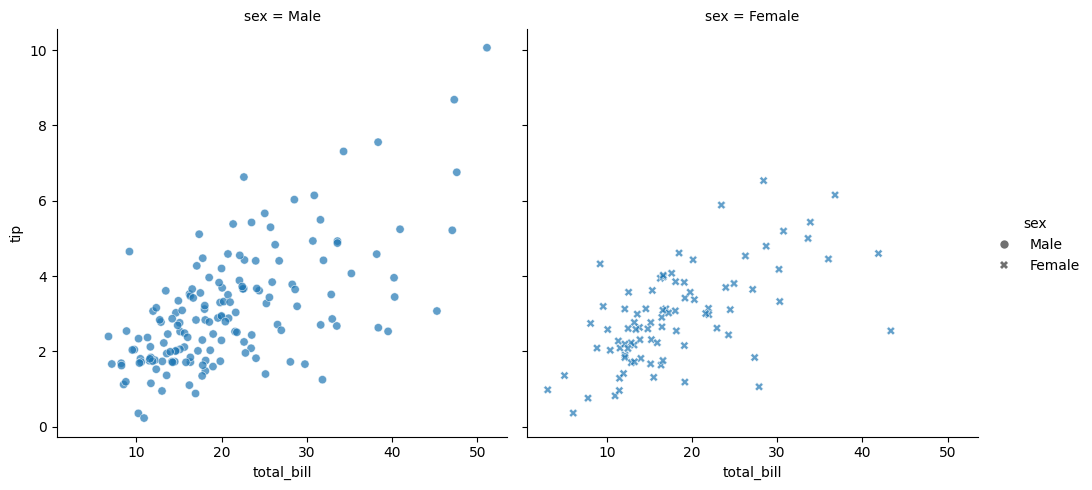
python, seaborn, relplot, alpha=0.7